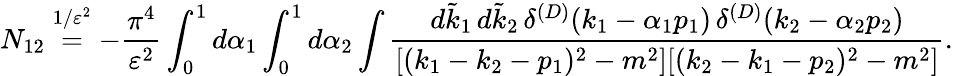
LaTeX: N_{12}\stackrel{1/\varepsilon^{2}}{=}-\frac{\pi^{4}}{\varepsilon^{2}}\int_{0}^{1}d\alpha_{1}\int_{0}^{1}d\alpha_{2}\int\frac{d\tilde{k}_{1}\, d\tilde{k}_{2}\, \delta^{(D)}(k_{1}-\alpha_{1}p_{1})\, \delta^{(D)}(k_{2}-\alpha_{2}p_{2})}{[(k_{1}-k_{2}-p_{1})^{2}-m^{2}][(k_{2}-k_{1}-p_{2})^{2}-m^{2}]}.